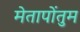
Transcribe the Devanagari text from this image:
मेतापोंतुम